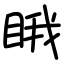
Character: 睋